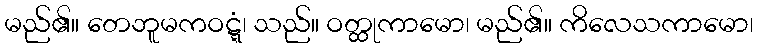
မည်၏။ တေဘူမကဝဋ္ဋံ၊ သည်။ ဝတ္ထုကာမော၊ မည်၏။ ကိလေသကာမော၊